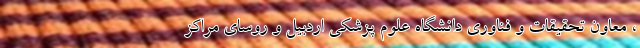
، معاون تحقیقات و فناوری دانشگاه علوم پزشکی اردبیل و روسای مراکز